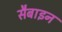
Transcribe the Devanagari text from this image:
सैबाइन